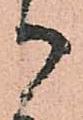
御